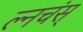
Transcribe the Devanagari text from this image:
ल्नचंस्